Indian journal of veterinary science and animal husbandry - Volume 3,
Year: 1933
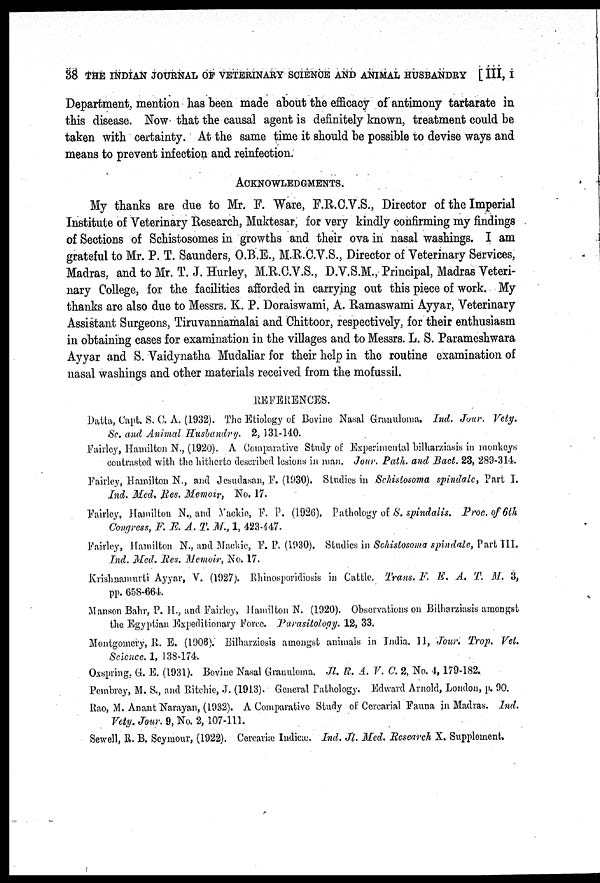
38 THE INDIAN JOURNAL OF VETERINARY SCIENCE AND ANIMAL HUSBANDRY [ III, I
Department, mention has been made about the efficacy of antimony tartarate in
this disease. Now that the causal agent is definitely known, treatment could be
taken with certainty. At the same time it should be possible to devise ways and
means to prevent infection and reinfection.
ACKNOWLEDGMENTS.
My thanks are due to Mr. F. Ware, F.R.C.V.S., Director of the Imperial
Institute of Veterinary Research, Muktesar, for very kindly confirming my findings
of Sections of Schistosomes in growths and their ova in nasal washings. I am
grateful to Mr. P. T. Saunders, O.B.E., M.R.C.V.S., Director of Veterinary Services,
Madras, and to Mr. T. J. Hurley, M.R.C.V.S., D.V.S.M., Principal, Madras Veteri-
nary College, for the facilities afforded in carrying out this piece of work. My
thanks are also due to Messrs. K. P. Doraiswami, A. Ramaswami Ayyar, Veterinary
Assistant Surgeons, Tiruvannamalai and Chittoor, respectively, for their enthusiasm
in obtaining cases for examination in the villages and to Messrs. L. S. Parameshwara
Ayyar and S. Vaidynatha Mudaliar for their help in the routine examination of
nasal washings and other materials received from the mofussil.
REFERENCES.
Datta, Capt. S. C. A. (1932). The Etiology of Bovine Nasal Granuloma, Ind. Jour. Vety,
Sc. and Animal Husbandry. 2, 131-140.
Fairley, Hamilton N., (1920). A Comparative Study of Experimental bilharziasis in monkeys
contrasted with the hitherto described lesions in man. Jour. Path. and Bact. 23, 289-314.
Fairley, Hamilton N., and Jesudasan, F. (1930). Studies in Schistosoma spindale, Part I.
Ind. Med. Res. Memoir, No. 17.
Fairley, Hamilton N., and Nackie, E. P. (1926). Pathology of S. spindalis. Proc.of 6th
Congress, F, E. A. T. M., 1, 423-447.
Fairley, Hamilton N., and Mackie, F. P. (1930). Studies in Schistosoma spindale, Part III.
Ind. Med. Res. Memoir, No. 17.
Krishnamurti Ayyar, V. (1927). Rhinosporidiosis in Cattle. Trans. F. E, A. T. M. 3,
pp. 658-664.
Manson Bahr, P. H, and Fairley, Hamilton N. (1920). Observations on Bilharziasis amongst
the Egyptian Expeditionary Force. Parasitology. 12, 33.
Montgomery, R. E. (1906). Bilharziosis amongst animals in India. 11, Jow. Trop, Vet
Science. 1, 138-174.
Oxspring. G. E. (1931). Bovine Nasal Granuloma. Jl. R. A. V. C. 2, No. 4,179-182.
Pembrey, M. S., and Ritchie, J. (1913). General Pathology. Edward Arnold, London, p. 90.
Rao, M. Anant Narayan, (1932). A Comparative Study of Cercarial Fauna in Madras. Ind.
Vety. Jour. 9, No. 2, 107-111.
Sewell, R. B. Seymour, (1922). Cercariæ Indicæ. Ind. Jl. Med. Research X. Supplement.